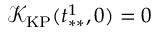
\mathcal { K } _ { \mathrm { K P } } ( t _ { * * } ^ { 1 } , 0 ) = 0